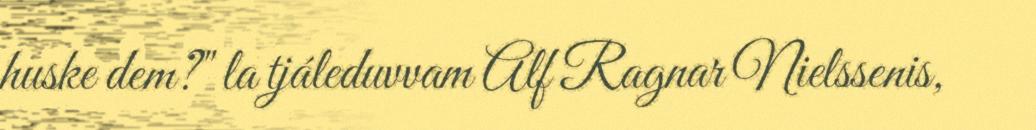
huske dem?" la tjáleduvvam Alf Ragnar Nielssenis,